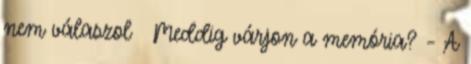
nem válaszol ● Meddig várjon a memória? – A